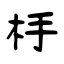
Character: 杽